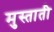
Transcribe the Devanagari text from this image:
मुस्ताती